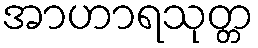
အာဟာရသုတ္တ